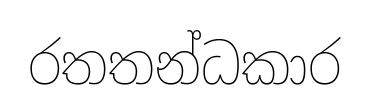
රතතන්ධකාර